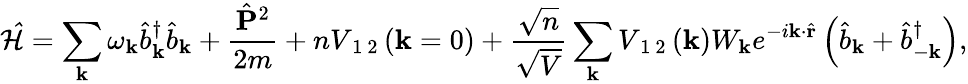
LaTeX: \mathcal{\hat{H}}=\sum_{\mathbf{k}}\omega_{\mathbf{k}}\hat{b}_{\mathbf{k}}^{\dagger}\hat{b}_{\mathbf{k}}+\frac{\hat{\mathbf{P}}^{2}}{2m}+nV_{\mathrm{~1~2~}}(\mathbf{k}=0)+\frac{\sqrt{n}}{\sqrt{V}}\sum_{\mathbf{k}}V_{\mathrm{~1~2~}}(\mathbf{k})W_{\mathbf{k}}e^{-i\mathbf{k}\cdot\hat{\mathbf{r}}}\left(\hat{b}_{\mathbf{k}}+\hat{b}_{-\mathbf{k}}^{\dagger}\right),